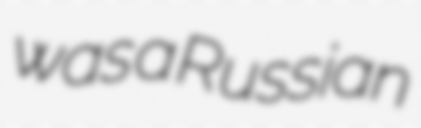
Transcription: was a Russian